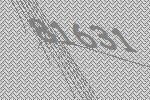
81631